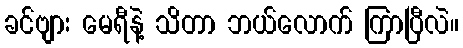
ခင်ဗျား မေရီနဲ့ သိတာ ဘယ်လောက် ကြာပြီလဲ။